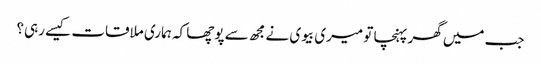
جب میں گھر پہنچا تو میری بیوی نے مجھ سے پوچھا کہ ہماری ملاقات کیسے رہی؟